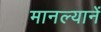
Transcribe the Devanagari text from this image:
मानल्यानें